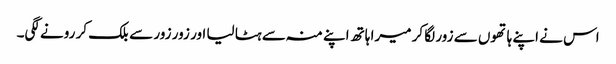
اس نے اپنے ہاتھوں سے زور لگا کر میرا ہاتھ اپنے منہ سے ہٹا لیا اور زور زور سے بلک کر رونے لگی۔